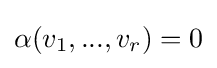
\alpha (v_{1},...,v_{r})=0